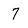
Character: 7